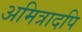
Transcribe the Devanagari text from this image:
अमित्रादपि